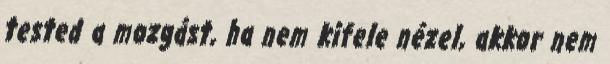
tested a mozgást, ha nem kifele nézel, akkor nem